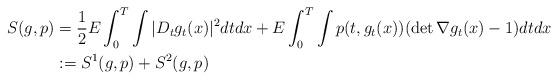
LaTeX: \begin{align*}S(g,p)&=\frac{1}{2} E\int_0^T \int |D_t g_t (x)|^2 dt dx +E\int_0^T \int p(t, g_t (x)) (\det \nabla g_t (x) -1)dtdx \\&:=S^1 (g,p) +S^2 (g,p)\end{align*}